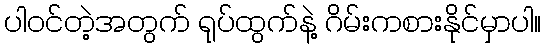
ပါဝင်တဲ့အတွက် ရုပ်ထွက်နဲ့ ဂိမ်းကစားနိုင်မှာပါ။